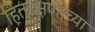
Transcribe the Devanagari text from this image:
हितरक्षणाच्या